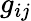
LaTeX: g_{ij}